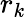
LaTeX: r_{k}